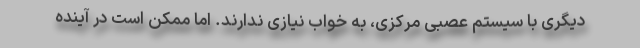
دیگری با سیستم عصبی مرکزی، به خواب نیازی ندارند. اما ممکن است در آینده